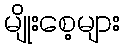
မျိုးစေ့များ